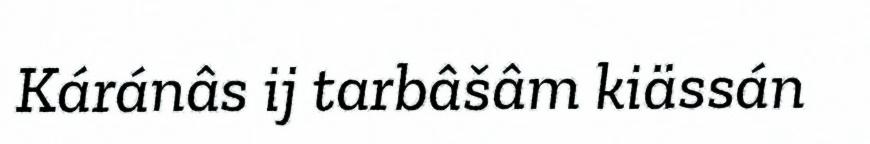
Káránâs ij tarbâšâm kiässán